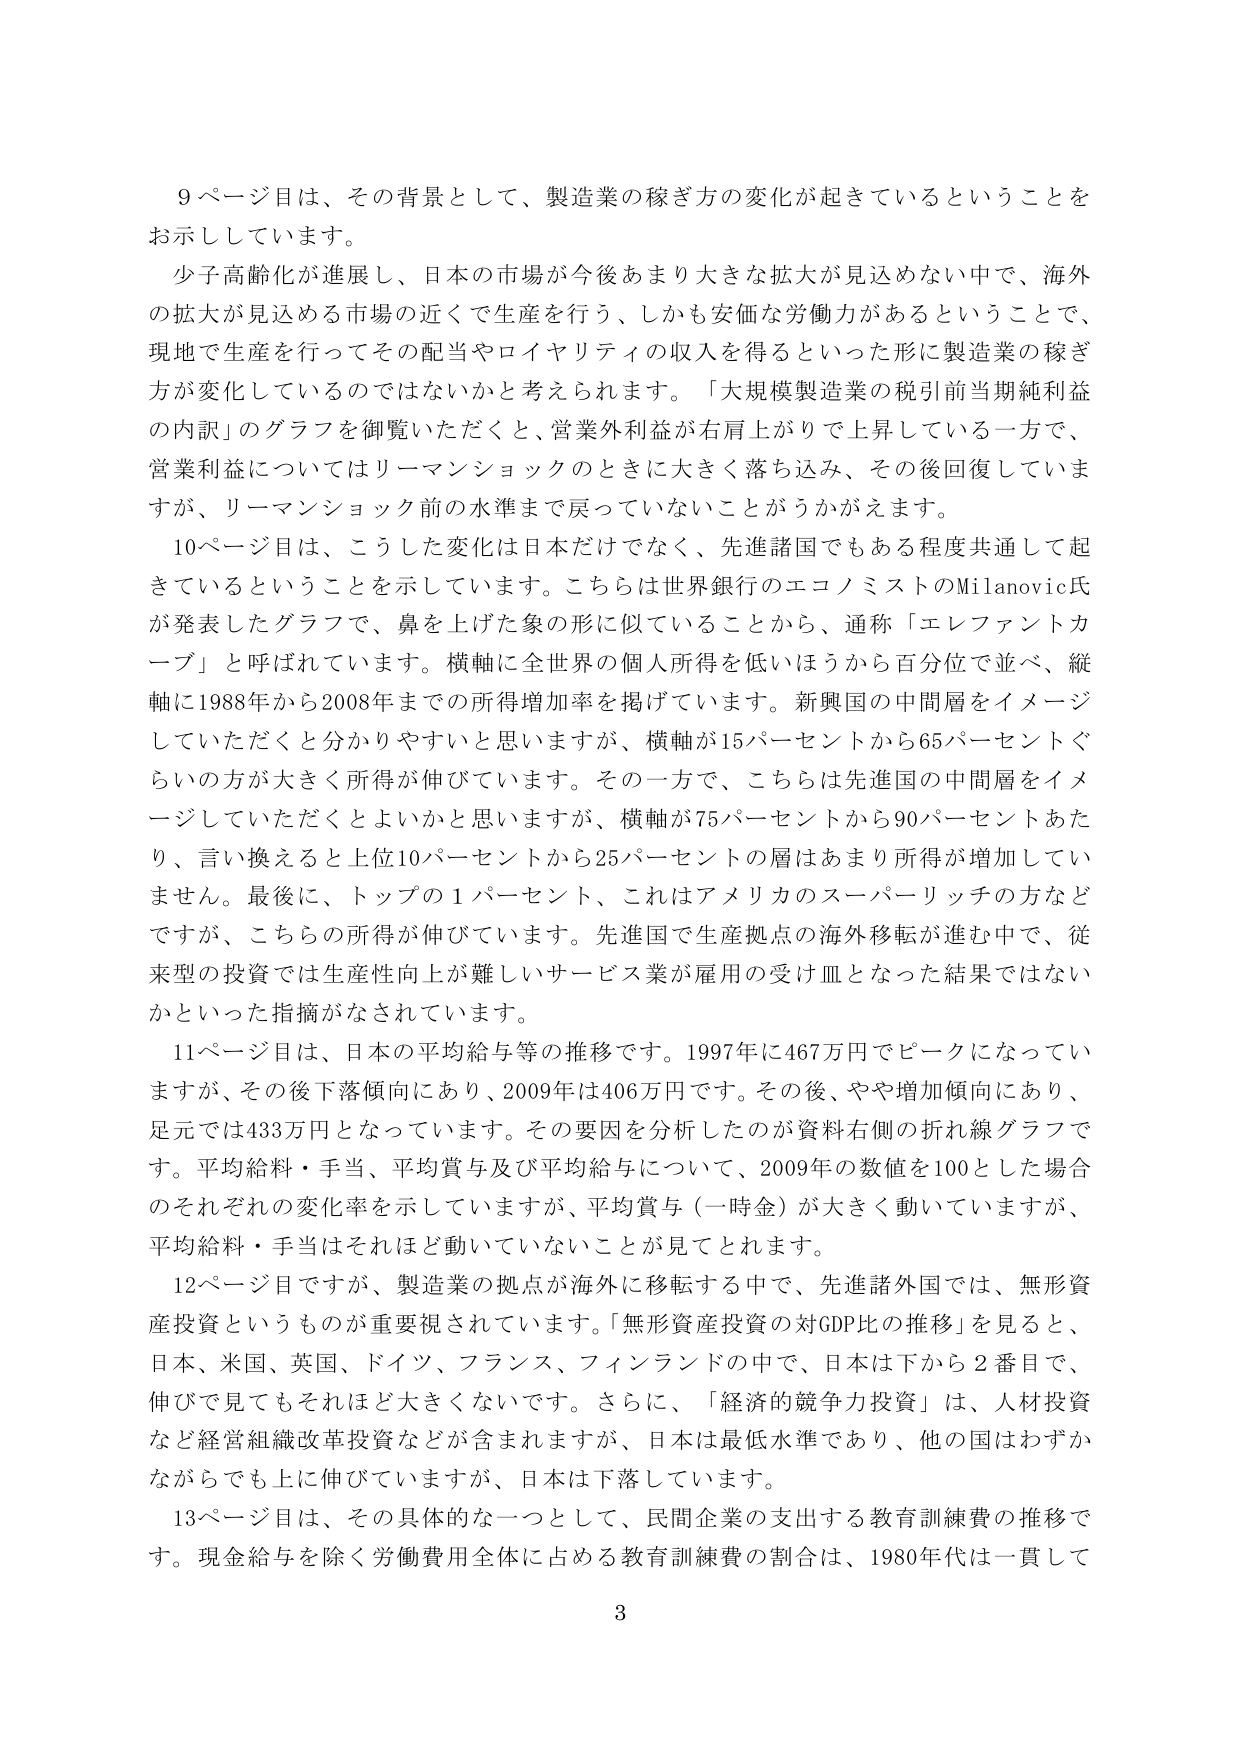
9ページ目は、その背景として、製造業の稼ぎ方の変化が起きているということを
お示ししています。
少子高齢化が進展し、日本の市場が今後あまり大きな拡大が見込めない中で、海外
の拡大が見込める市場の近くで生産を行う、しかも安価な労働力があるということで、
現地で生産を行ってその配当やロイヤリティの収入を得るといった形に製造業の稼ぎ
方が変化しているのではないかと考えられます。「大規模製造業の税引前当期純利益
の内訳」のグラフを御覧いただくと、営業外利益が右肩上がりで上昇している一方で、
営業利益についてはリーマンショックのときに大きく落ち込み、その後回復していま
すが、リーマンショック前の水準まで戻っていないことがうかがえます。
10ページ目は、こうした変化は日本だけでなく、先進諸国でもある程度共通して起
きているということを示しています。こちらは世界銀行のエコノミストのMilanovic氏
が発表したグラフで、鼻を上げた象の形に似ていることから、通称「エレファントカ
ーブ」と呼ばれていてます。横軸に全世界の個人所得を低いほうから百分位で並べ、縦
軸に1988年から2008年までの所得増加率を掲げています。新興国の中間層をイメージ
していただくと分かりやすいと思いますが、横軸が15パーセントから65パーセントぐ
らいの方が大きく所得が伸びています。その一方で、こちらは先進国の中間層をイメ
ージしていただくとよいかと思いますが、横軸が75パーセントから90パーセントあた
り、言い換えると上位10パーセントから25パーセントの層はあまり所得が増加してい
ません。最後に、トップの1パーセント、これはアメリカのスーパーリッチの方など
ですが、こちらの所得が伸びています。先進国で生産拠点の海外移転が進む中で、従
来型の投資では生産性向上が難しいサービス業が雇用の受け皿となった結果ではない
かといった指摘がなされています。
11ページ目は、日本の平均給与等の推移です。1997年に467万円でピークになってい
ますが、その後下落傾向にあり、2009年は406万円です。その後、やや増加傾向にあり、
足元では433万円となっています。その要因を分析したのが資料右側の折れ線グラフで
す。平均給料・手当、平均賞与及び平均給与について、2009年の数値を100とした場合
のそれぞれの変化率を示していますが、平均賞与（一時金）が大きく動いていますが、
平均給料・手当はそれほど動いていないことが見てとれます。
12ページ目ですが、製造業の拠点が海外に移転する中で、先進諸外国では、無形資
産投資というものが重要視されています。「無形資産投資の対GDP比の推移」を見ると、
日本、米国、英国、ドイツ、フランス、フィンランドの中で、日本は下から2番目で、
伸びで見てもそれほど大きくないです。さらに、「経済的競争力投資」は、人材投資
など経営組織改革投資などが含まれますが、日本は最低水準であり、他の国はわずか
ながらでも上に伸びていますが、日本は下落しています。
13ページ目は、その具体的な一つとして、民間企業の支出する教育訓練費の推移で
す。現金給与を除く労働費用全体に占める教育訓練費の割合は、1980年代は一貫して
3